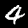
Digit: 4